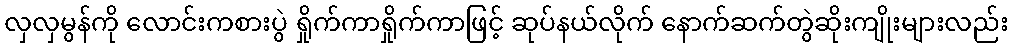
လှလှမွန်ကို လောင်းကစားပွဲ ရှိုက်ကာရှိုက်ကာဖြင့် ဆုပ်နယ်လိုက် နောက်ဆက်တွဲဆိုးကျိုးများလည်း